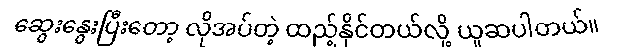
ဆွေးနွေးပြီးတော့ လိုအပ်တဲ့ ထည့်နိုင်တယ်လို့ ယူဆပါတယ်။